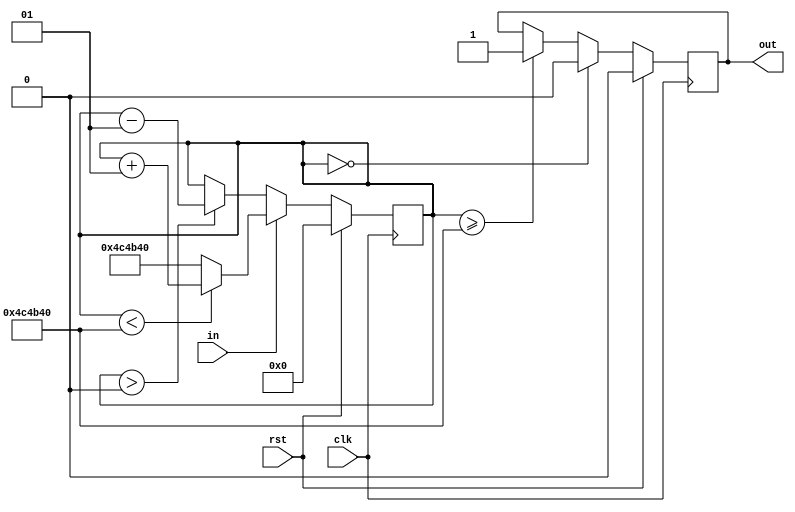
module debounce
    #(parameter CYCLES=5000000) (
    input clk,
    input rst,
    input in,
    output reg out
);

integer count;

always @(posedge clk) begin
    if (in) begin
        if (count < CYCLES)
            count <= count + 1;
        else
            count <= CYCLES;
    end else begin
        if (count > 0)
            count <= count - 1;
    end

    if (count == 0)
        out <= 1'b0;
    else if (count >= CYCLES)
        out <= 1'b1;

    if (rst) begin
        out <= 1'b0;
        count <= 0;
    end
end

endmodule